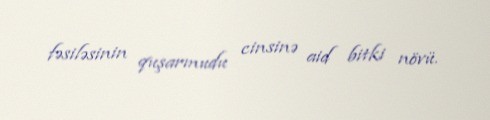
fəsiləsinin quşarmudu cinsinə aid bitki növü.